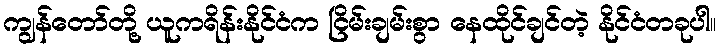
ကျွန်တော်တို့ ယူကရိန်းနိုင်ငံက ငြိမ်းချမ်းစွာ နေထိုင်ချင်တဲ့ နိုင်ငံတခုပါ။